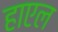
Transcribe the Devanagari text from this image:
हाएल